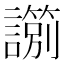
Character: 𧭀